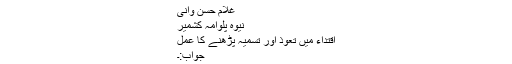
غلام حسن وانی
نیوہ پلوامہ کشمیر
اقتداء میں تعوذ اور تسمیہ پڑھنے کا عمل
جواب:۔